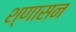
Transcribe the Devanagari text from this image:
श्णासन